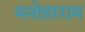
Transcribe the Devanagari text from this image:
मनोहरराम